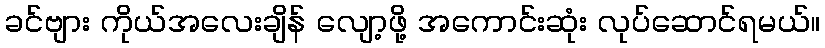
ခင်ဗျား ကိုယ်အလေးချိန် လျော့ဖို့ အကောင်းဆုံး လုပ်ဆောင်ရမယ်။